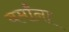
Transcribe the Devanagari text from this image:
वर्मांना